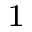
^ { 1 }